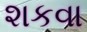
શકવા